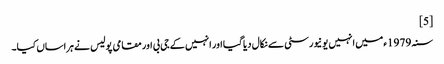
[5]
سنہ 1979ء میں انہیں یونیورسٹی سے نکال دیا گیا اور انہیں کے جی بی اور مقامی پولیس نے ہراساں کیا۔